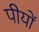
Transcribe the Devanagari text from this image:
पीयों